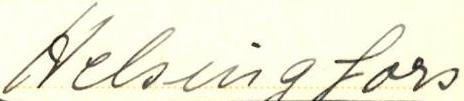
Helsingfors